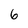
Character: 6